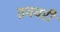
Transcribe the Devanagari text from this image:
तववरी